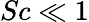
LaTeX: Sc\ll 1